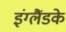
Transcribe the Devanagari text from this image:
इंग्लैंडके